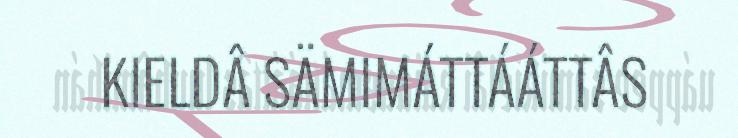
KIELDÂ SÄMIMÁTTÁÁTTÂS